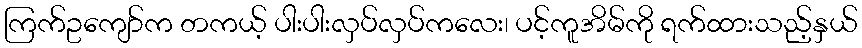
ကြက်ဥကျော်က တကယ့် ပါးပါးလှပ်လှပ်ကလေး၊ ပင့်ကူအိမ်ကို ရက်ထားသည့်နှယ်